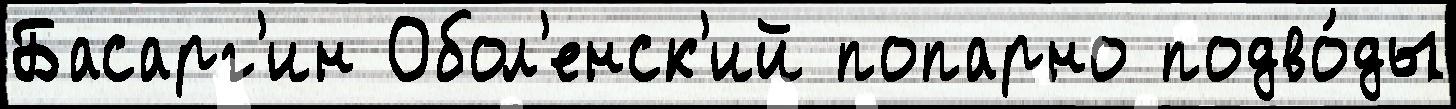
Басарг'ин Обол'енск'ий попарно подво́ды